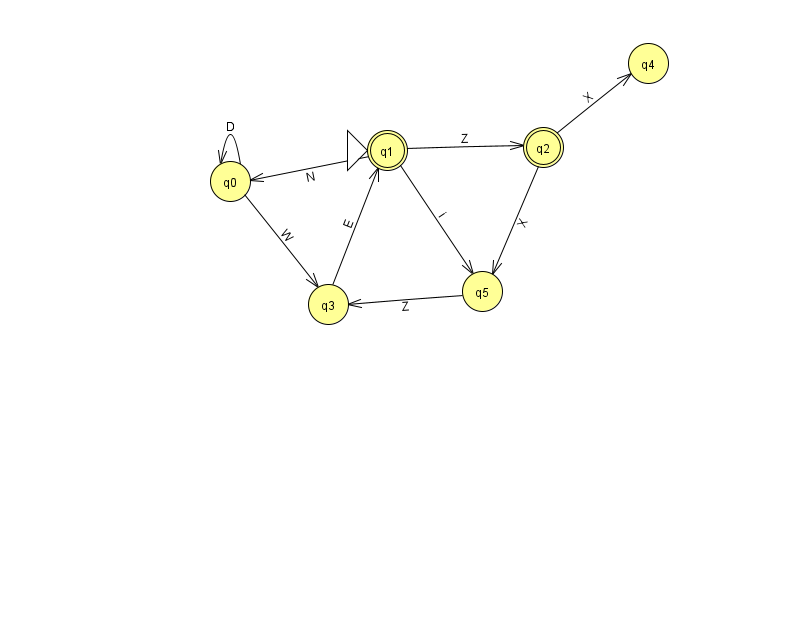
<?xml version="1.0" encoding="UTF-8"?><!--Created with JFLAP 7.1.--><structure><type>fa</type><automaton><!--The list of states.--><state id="0" name="q0"><x>230.0</x><y>168.0</y></state><state id="1" name="q1"><x>387.0</x><y>137.0</y><initial/><final/></state><state id="2" name="q2"><x>543.0</x><y>134.0</y><final/></state><state id="3" name="q3"><x>328.0</x><y>291.0</y></state><state id="4" name="q4"><x>648.0</x><y>50.0</y></state><state id="5" name="q5"><x>482.0</x><y>278.0</y></state><!--The list of transitions.--><transition><from>3</from><to>1</to><read>E</read></transition><transition><from>0</from><to>0</to><read>D</read></transition><transition><from>0</from><to>3</to><read>W</read></transition><transition><from>1</from><to>0</to><read>N</read></transition><transition><from>1</from><to>5</to><read>i</read></transition><transition><from>2</from><to>4</to><read>X</read></transition><transition><from>2</from><to>5</to><read>X</read></transition><transition><from>1</from><to>2</to><read>Z</read></transition><transition><from>5</from><to>3</to><read>Z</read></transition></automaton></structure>